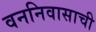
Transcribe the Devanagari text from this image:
वननिवासाची